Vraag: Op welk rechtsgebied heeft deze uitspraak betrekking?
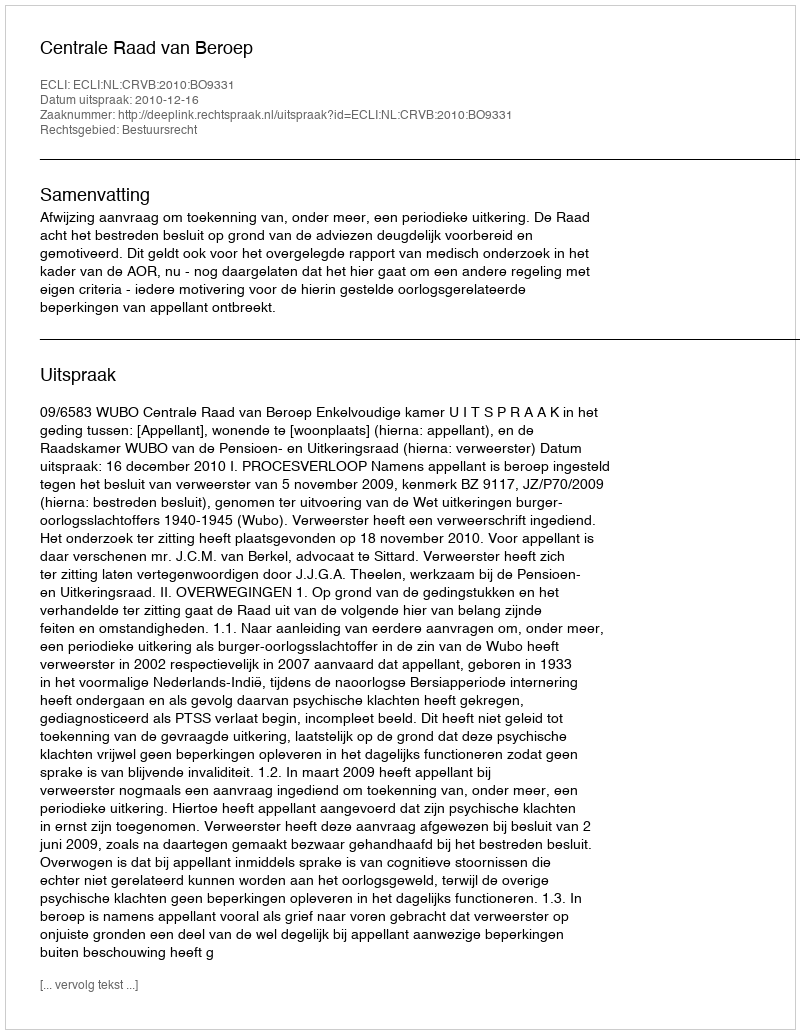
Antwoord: Bestuursrecht